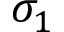
\sigma _ { 1 }